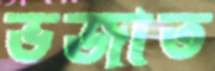
ভজাত